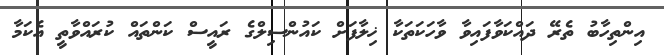
އިންތިހާބު ތެރޭ ދައްކަވާފައިވާ ވާހަކަތަކާ ޚިލާފަށް ކައުންސިލްގެ ރައީސް ކަންތައް ކުރައްވާތީ އެކަމާ